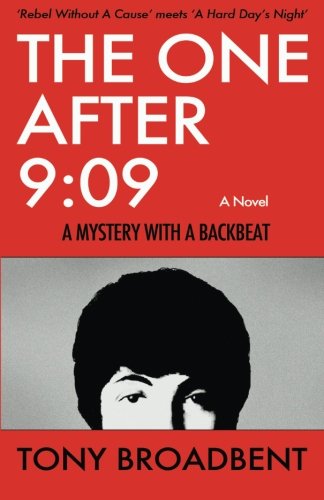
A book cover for The One After 9:09: A Mystery With A Backbeat; Tony Broadbent; Humor & Entertainment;